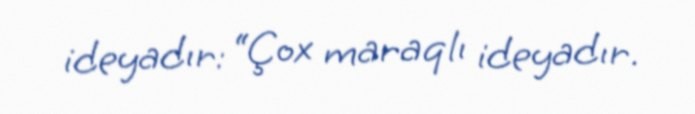
ideyadır: “Çox maraqlı ideyadır.